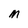
Character: M